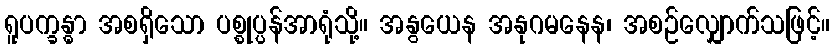
ရူပက္ခန္ဓာ အစရှိသော ပစ္စုပ္ပန်အာရုံသို့။ အနွယေန အနုဂမနေန၊ အစဉ်လျှောက်သဖြင့်။